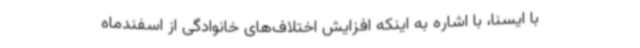
با ایسنا، با اشاره به اینکه افزایش اختلاف‌های خانوادگی از اسفندماه